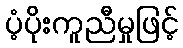
ပံ့ပိုးကူညီမှုဖြင့်